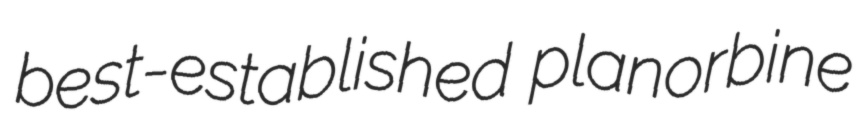
best-established planorbine